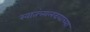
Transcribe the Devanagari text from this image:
स्वातंत्र्यलढयाच्या